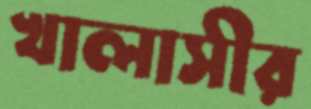
খালাসীর